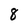
Character: 8